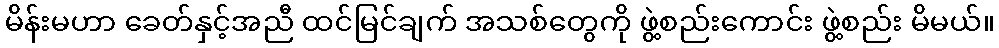
မိန်းမဟာ ခေတ်နှင့်အညီ ထင်မြင်ချက် အသစ်တွေကို ဖွဲ့စည်းကောင်း ဖွဲ့စည်း မိမယ်။